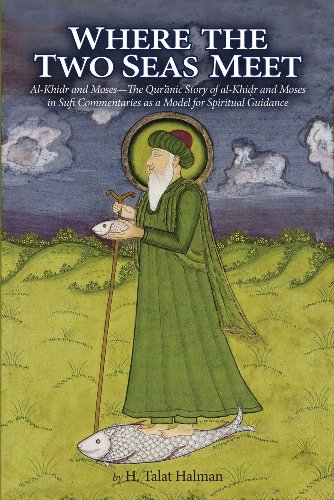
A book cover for Where the Two Seas Meet: Al-Khidr and MosesEEThe QurEEanic Story of al-Khidr and Moses in Sufi Commentaries as a Model for Spiritual Guidance; H. Talat Halman; Religion & Spirituality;